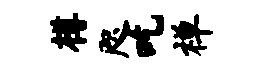
樽咫吃禅